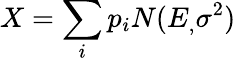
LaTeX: X=\sum_{i}p_{i}N(E_{,}\sigma^{2})